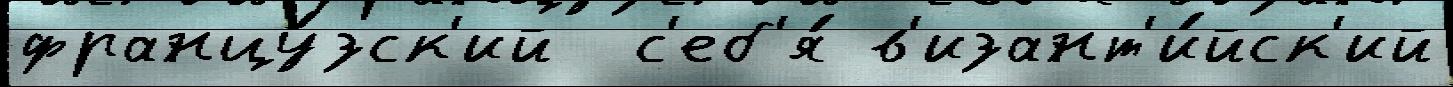
францу́зск'ий  с'еб'я́ в'изант'и́йск'ий